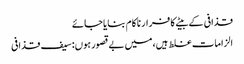
قذافی کے بیٹے کا فرار ناکام بنایا جائے
الزامات غلط ہیں،میں بےقصور ہوں:سیف قذافی